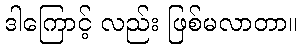
ဒါကြောင့် လည်း ဖြစ်မလာတာ။